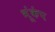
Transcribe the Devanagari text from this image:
भूंकंप